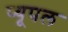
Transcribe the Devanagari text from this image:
प्यूपल